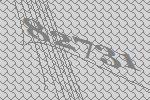
82731